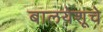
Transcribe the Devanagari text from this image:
बालयेशूचे